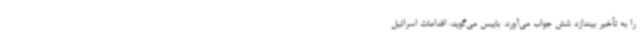
را به تأخیر بیندازد شش جواب می‌آورد. بایبس می‌گوید: اقدامات اسرائیل